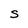
Character: S